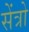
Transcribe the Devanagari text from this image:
सेंत्रो